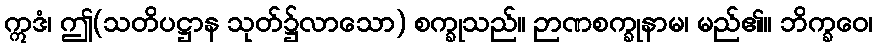
ဣဒံ၊ ဤ(သတိပဋ္ဌာန သုတ်၌လာသော) စက္ခုသည်။ ဉာဏစက္ခုနာမ၊ မည်၏။ ဘိက္ခဝေ၊